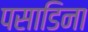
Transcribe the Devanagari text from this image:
पसाडिना